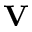
\mathbf { V }